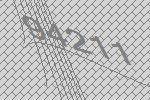
94211